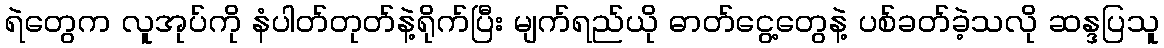
ရဲတွေက လူအုပ်ကို နံပါတ်တုတ်နဲ့ရိုက်ပြီး မျက်ရည်ယို ဓာတ်ငွေ့တွေနဲ့ ပစ်ခတ်ခဲ့သလို ဆန္ဒပြသူ